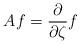
LaTeX: \begin{align*} Af=\frac{\partial}{\partial \zeta}f\end{align*}